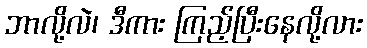
ဘာလို့လဲ၊ ဒီကား ကြည့်ပြီးနေလို့လား